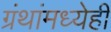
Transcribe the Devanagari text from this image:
ग्रंथांमध्येही